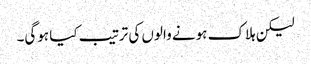
لیکن ہلاک ہونے والوں کی ترتیب کیا ہوگی۔